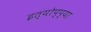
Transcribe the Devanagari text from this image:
इत्योप्प्या